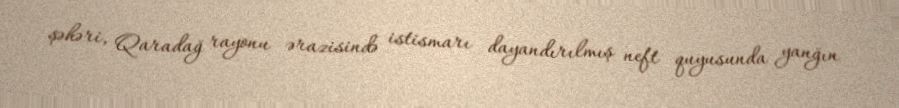
şəhəri, Qaradağ rayonu ərazisində istismarı dayandırılmış neft quyusunda yanğın